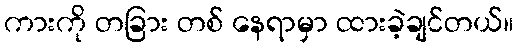
ကားကို တခြား တစ် နေရာမှာ ထားခဲ့ချင်တယ်။